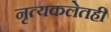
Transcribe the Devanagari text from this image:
नृत्यकलेतही